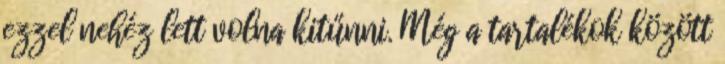
ezzel nehéz lett volna kitűnni. Még a tartalékok között